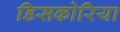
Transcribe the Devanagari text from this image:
डिसकोरिया